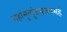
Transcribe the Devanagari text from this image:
महामृत्युंजयजपमहं